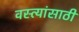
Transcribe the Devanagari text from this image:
वस्त्यांसाठी